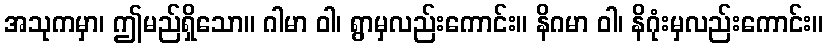
အသုကမှာ၊ ဤမည်ရှိသော။ ဂါမာ ဝါ၊ ရွာမှလည်းကောင်း။ နိဂမာ ဝါ၊ နိဂုံးမှလည်းကောင်း။